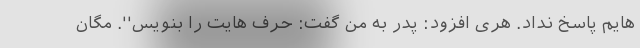
هایم پاسخ نداد. هری افزود: پدر به من گفت: حرف هایت را بنویس''. مگان